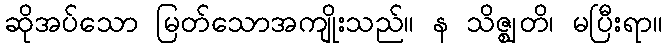
ဆိုအပ်သော မြတ်သောအကျိုးသည်။ န သိဇ္ဈတိ၊ မပြီးရာ။